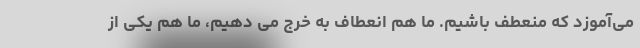
می‌آموزد که منعطف باشیم. ما هم انعطاف به خرج می دهیم، ما هم یکی از